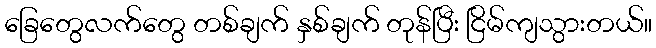
ခြေတွေလက်တွေ တစ်ချက် နှစ်ချက် တုန်ပြီး ငြိမ်ကျသွားတယ်။